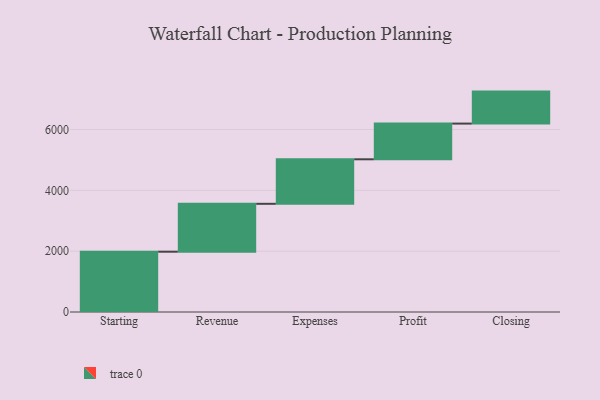
{"axis": {"x": "Step", "y": "Value"}, "legend": [""], "data": [{"x": "Starting", "y": 1983.0, "type": ""}, {"x": "Revenue", "y": 1575.0, "type": ""}, {"x": "Expenses", "y": 1464.0, "type": ""}, {"x": "Profit", "y": 1174.0, "type": ""}, {"x": "Closing", "y": 1052.0, "type": ""}]}